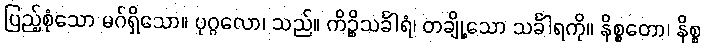
ပြည့်စုံသော မဂ်ရှိသော။ ပုဂ္ဂလော၊ သည်။ ကိဉ္စိသင်္ခါရံ၊ တချို့သော သင်္ခါရကို။ နိစ္စတော၊ နိစ္စ